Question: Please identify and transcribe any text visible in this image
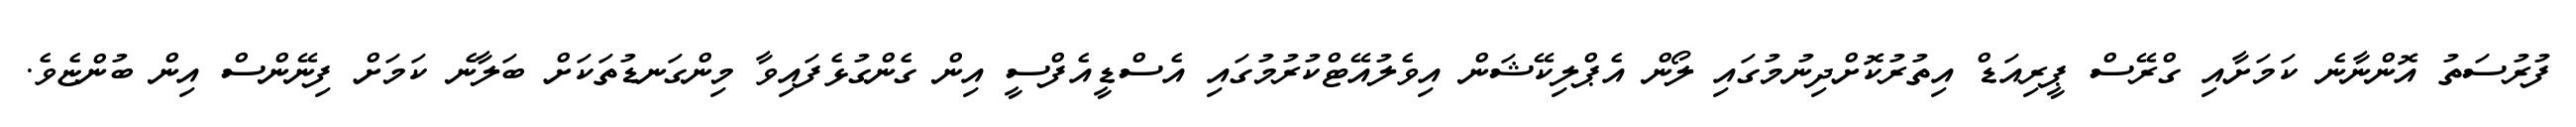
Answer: ފުރުސަތު އޮންނާނެ ކަމަށާއި ގްރޭސް ޕީރިއަޑް އިތުރުކޮށްދިނުމުގައި ލޯން އެޕްލިކޭޝަން އިވެލުއޭޓްކުރުމުގައި އެސްޑީއެފްސީ އިން ގެންގުޅެފައިވާ މިންގަނޑުތަކަށް ބަލާނެ ކަމަށް ފިނޭންސް އިން ބުންޏެވެ.